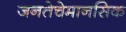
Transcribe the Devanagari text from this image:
जनतेचेमानसिक